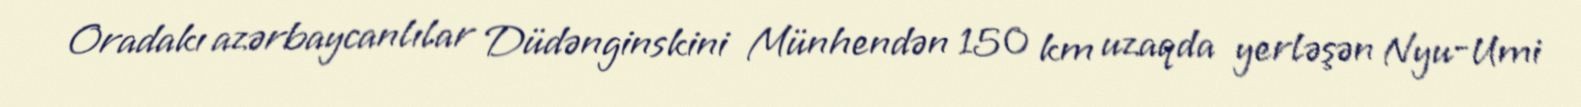
Oradakı azərbaycanlılar Düdənginskini Münhendən 150 km uzaqda yerləşən Nyu-Umi